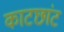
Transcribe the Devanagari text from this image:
काटछांट